Civil Veterinary Department Bengal reports 1933-51 - 1933-1951
Year: 1933
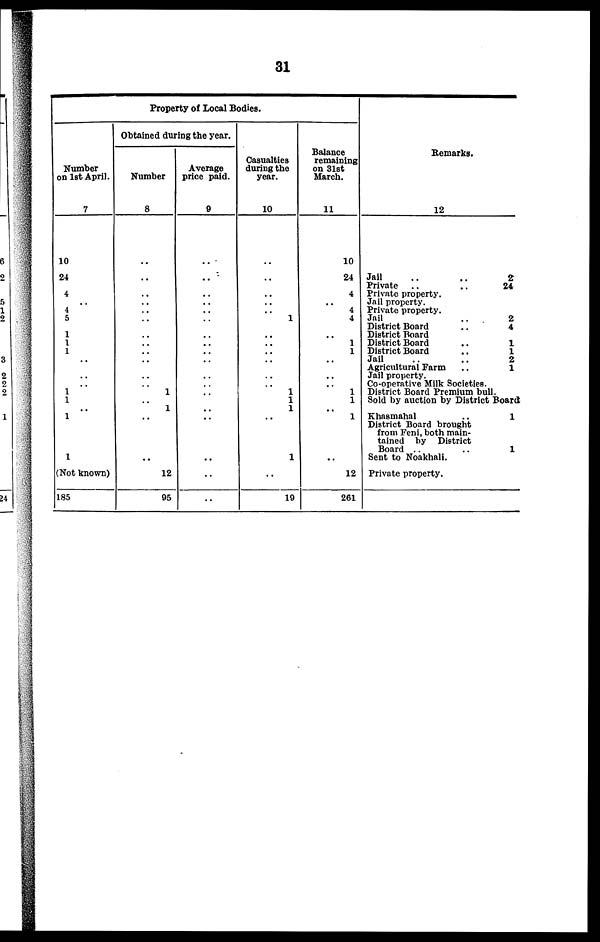
31
Property of Local Bodies.
Number
on 1st April.
7
10
24
4
.. 4
5
1
1
1
..
..
.. 1
1
..
1
1
(Not known)
185
Obtained during the year.
Number
8
..
..
..
..
..
..
..
..
..
..
..
..
1
..
1
..
..
12
95
Average
price paid.
9
..
..
..
..
..
..
..
..
..
..
..
..
..
..
..
..
..
Casualties
during the
year.
10
..
..
..
..
..
1
..
..
..
..
..
..
1
1
1
..
1
..
19
Balance
remaining
on 31st
March.
11
10
24
4
..
4
4
..
1
1
..
..
..
1
1
..
1
..
12
261
Remarks.
12
Jail
..
..
2
Private
..
..
24
Private property.
Jail property.
Private property.
Jail
..
2
District Board
..
4
District Board
District Board
..
1
District Board
..
1
Jail
..
..
2
Agricultural Farm
..
1
Jail property.
Co-operative Milk Societies.
District Board Premium bull.
Sold by auction by District Board
Khasmahal
..
1
District Board brought
from Feni, both main-
tained by District
Board ..
..
1
Sent to Noakhali.
Private property.